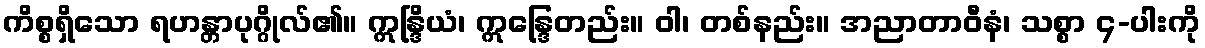
ကိစ္စရှိသော ရဟန္တာပုဂ္ဂိုလ်၏။ ဣန္ဒြိယံ၊ ဣန္ဒြေတည်း။ ဝါ၊ တစ်နည်း။ အညာတာဝီနံ၊ သစ္စာ ၄-ပါးကို